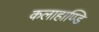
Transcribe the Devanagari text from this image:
कलाहाण्डि